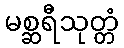
မစ္ဆရီသုတ္တံ